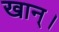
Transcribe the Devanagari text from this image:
खान्।